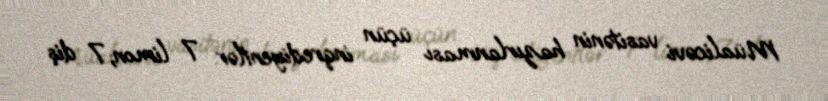
Müalicəvi vasitənin hazırlanması üçün inqrediyentlər: 7 limon;7 diş